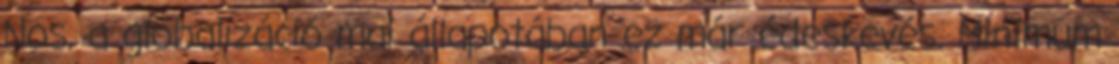
Nos, a globalizáció mai állapotában ez már édeskevés. Minimum